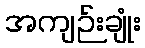
အကျဉ်းချုံး